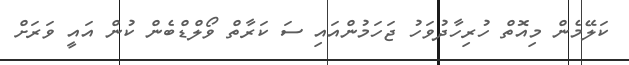
ކަލޭމެން މިއޮތް ހުރިހާދުވަހު ޖަހަމުންއައި ސަ ކަރާތް ވޯލްޑްބެން ކުން އައީ ވަރަށް